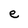
Character: e